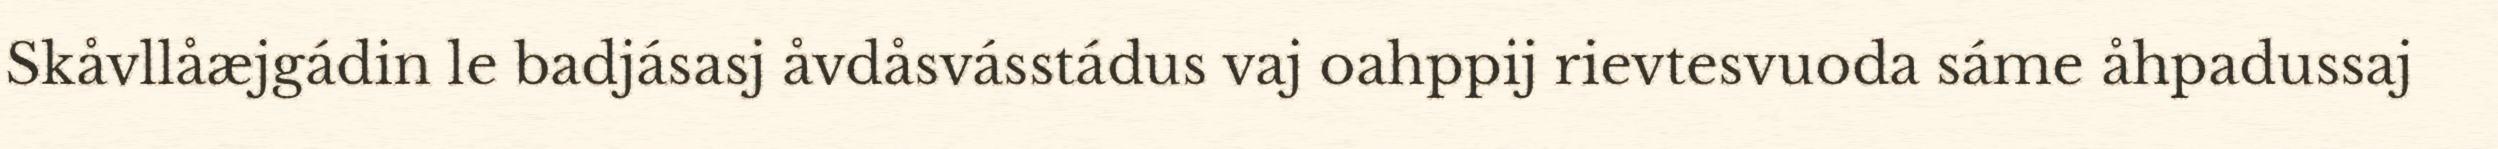
Skåvllåæjgádin le badjásasj åvdåsvásstádus vaj oahppij rievtesvuoda sáme åhpadussaj